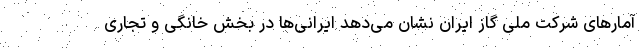
آمارهای شرکت ملی گاز ایران نشان می‌دهد ایرانی‌ها در بخش خانگی و تجاری